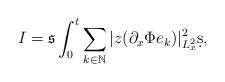
LaTeX: \begin{align*}I= \mathfrak{s}\int_0^t\sum_{k\in \mathbb{N}} |z (\partial_x \Phi e_k)|^2_{L_x^2}\d s,\end{align*}